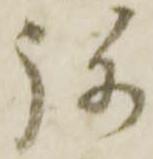
弥